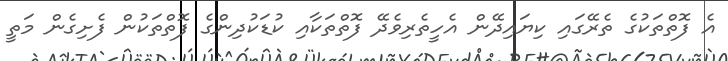
އެ ފޮތްތަކުގެ ތެރޭގައި ކިޔައިދޭން އެހީތެރިވެދޭ ފޮތްތަކާއި ކުޑަކުދިންގެ ފޮތްތަކުން ފެށިގެން މަތީ